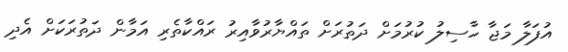
އުފަލާ މަޖާ ހާސިލު ކުރުމަށް ދަތުރަށް ތައްޔާރުވާއިރު ރައްކާތެރި އަމާން ދަތުރަކަށް އެދި